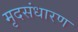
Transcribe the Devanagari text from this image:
मृदसंधारण